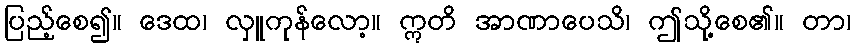
ပြည့်စေ၍။ ဒေထ၊ လှူကုန်လော့။ ဣတိ အာဏာပေသိ၊ ဤသို့စေ၏။ တာ၊